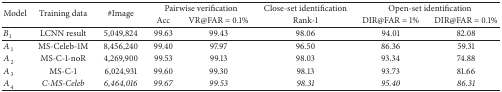
| <ROWSPAN=2> Model | <ROWSPAN=2> Training data | <ROWSPAN=2> #Image | <COLSPAN=2> Pairwise verification | Close-set identification | <COLSPAN=2> Open-set identification |
 | Acc | VR@FAR = 0.1% | Rank-1 | DIR@FAR = 1% | DIR@FAR = 0.1% |
 | --- | --- | --- | --- | --- | --- | --- | --- |
 | B1 | LCNN result | 5,049,824 | 99.63 | 99.43 | 98.06 | 94.01 | 82.08 |
 | A1 | MS-Celeb-1M | 8,456,240 | 99.40 | 97.97 | 96.50 | 86.36 | 59.31 |
 | A2 | MS-C-1-noR | 4,269,900 | 99.53 | 99.13 | 98.03 | 93.34 | 74.88 |
 | A3 | MS-C-1 | 6,024,931 | 99.60 | 99.30 | 98.13 | 93.73 | 81.66 |
 | A4 | C-MS-Celeb | 6,464,016 | 99.67 | 99.53 | 98.31 | 95.40 | 86.31 |